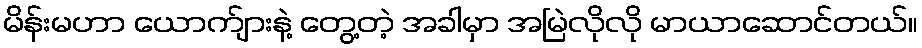
မိန်းမဟာ ယောက်ျားနဲ့ တွေ့တဲ့ အခါမှာ အမြဲလိုလို မာယာဆောင်တယ်။